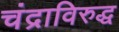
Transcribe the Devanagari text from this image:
चंद्राविरुद्ध